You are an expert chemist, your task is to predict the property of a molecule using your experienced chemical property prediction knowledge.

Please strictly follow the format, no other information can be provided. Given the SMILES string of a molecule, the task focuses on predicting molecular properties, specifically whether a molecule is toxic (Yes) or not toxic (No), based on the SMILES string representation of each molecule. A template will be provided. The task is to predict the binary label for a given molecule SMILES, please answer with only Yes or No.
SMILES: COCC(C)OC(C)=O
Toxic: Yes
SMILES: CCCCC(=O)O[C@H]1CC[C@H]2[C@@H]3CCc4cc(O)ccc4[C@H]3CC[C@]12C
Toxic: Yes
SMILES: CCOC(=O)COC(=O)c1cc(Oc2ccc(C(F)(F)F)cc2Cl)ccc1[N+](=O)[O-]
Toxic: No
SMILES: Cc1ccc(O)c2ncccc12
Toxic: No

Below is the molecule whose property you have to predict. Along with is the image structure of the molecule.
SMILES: CC/C=C\CCO
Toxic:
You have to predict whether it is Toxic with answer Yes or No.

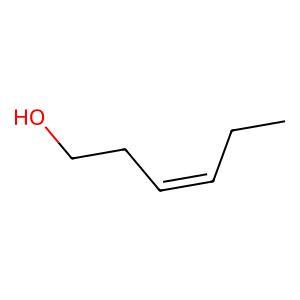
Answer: No